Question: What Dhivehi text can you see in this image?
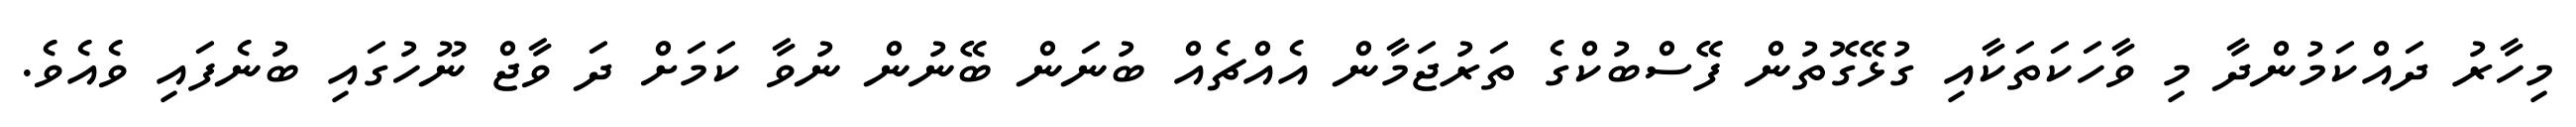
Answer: މިހާރު ދައްކަމުންދާ މި ވާހަކަތަކާއި ގުޅޭގޮތުން ފޭސްބުކްގެ ތަރުޖަމާން އެއްޗެއް ބުނަން ބޭނުން ނުވާ ކަމަށް ދަ ވާޖް ނޫހުގައި ބުނެފައި ވެއެވެ.